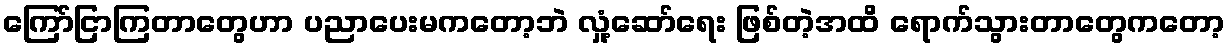
ကြော်ငြာကြတာတွေဟာ ပညာပေးမကတော့ဘဲ လှုံ့ဆော်ရေး ဖြစ်တဲ့အထိ ရောက်သွားတာတွေကတော့